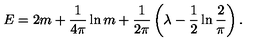
E = 2 m + \frac { 1 } { 4 \pi } \ln m + \frac { 1 } { 2 \pi } \left( \lambda - \frac { 1 } { 2 } \ln \frac { 2 } { \pi } \right) .